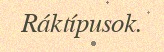
Ráktípusok.